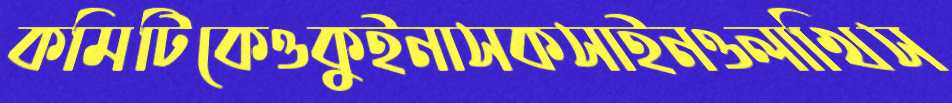
কমিটিকেওকুইনাসকসাইনওলাখিস